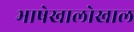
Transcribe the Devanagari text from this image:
भाषेखालोखाल